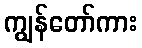
ကျွန်တော်ကား